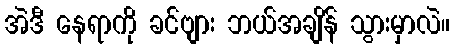
အဲဒီ နေရာကို ခင်ဗျား ဘယ်အချိန် သွားမှာလဲ။